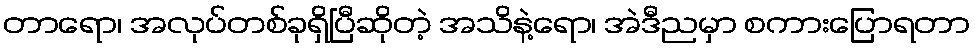
တာရော၊ အလုပ်တစ်ခုရှိပြီဆိုတဲ့ အသိနဲ့ရော၊ အဲဒီညမှာ စကားပြောရတာ